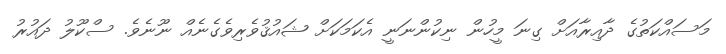
މަސައްކަތުގެ ދާއިރާއަށް ގިނަ މީހުން ނިކުންނަނީ އެކަމަކަށް ޝައުޤުވެރިވެގެނެއް ނޫނެވެ. ސްކޫލު ދައުރު